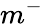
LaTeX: m^{-}